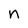
Character: n